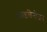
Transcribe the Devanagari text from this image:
फ्राइब्रिनोजन